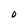
Character: O